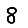
Digit: 8